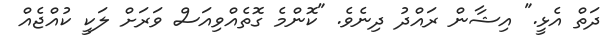
ދަތް އެޅީ." އިޝާން ރައްދު ދިނެވެ. "ކޮންމެ ގޮތެއްވިއަސް ވަރަށް ލަކީ ކުއްޖެއް